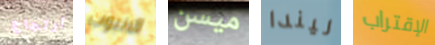
ارتجاج الانبوب ميسن ليندا الإقتراب